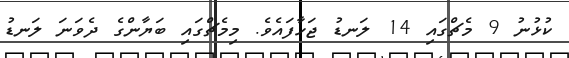
ކުޅުނު 9 މެޗްގައި 14 ލަނޑު ޖަހާފައެވެ. މިމެޗްގައި ބަޔާންގެ ދެވަނަ ލަނޑު